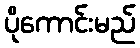
ပိုကောင်းမည်